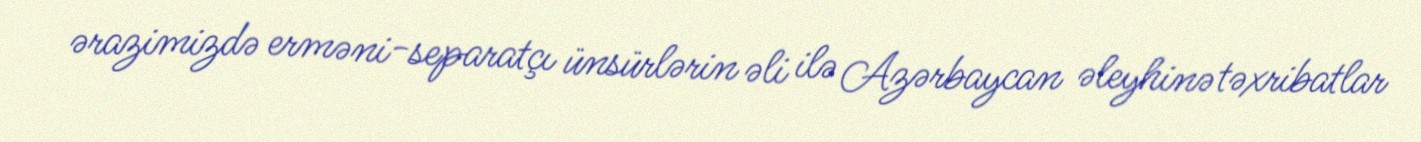
ərazimizdə erməni-separatçı ünsürlərin əli ilə Azərbaycan əleyhinə təxribatlar